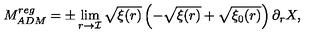
M _ { A D M } ^ { r e g } = \pm \lim _ { r \rightarrow { \mathcal { I } } } \sqrt { \xi ( r ) } \left( - \sqrt { \xi ( r ) } + \sqrt { \xi _ { 0 } ( r ) } \right) \partial _ { r } X ,